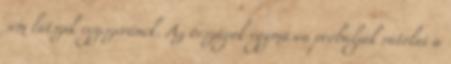
sem látszik egyszerűnek. Az országok egymásra próbálják rátolni a